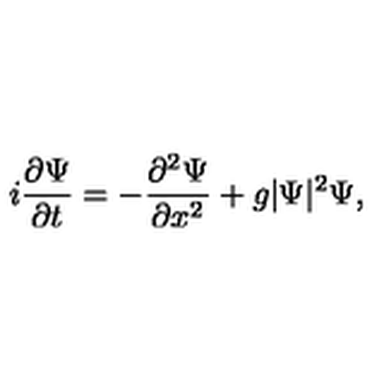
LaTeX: i \frac { \partial \Psi } { \partial t } = - \frac { \partial ^ { 2 } \Psi } { \partial x ^ { 2 } } + g | \Psi | ^ { 2 } \Psi ,